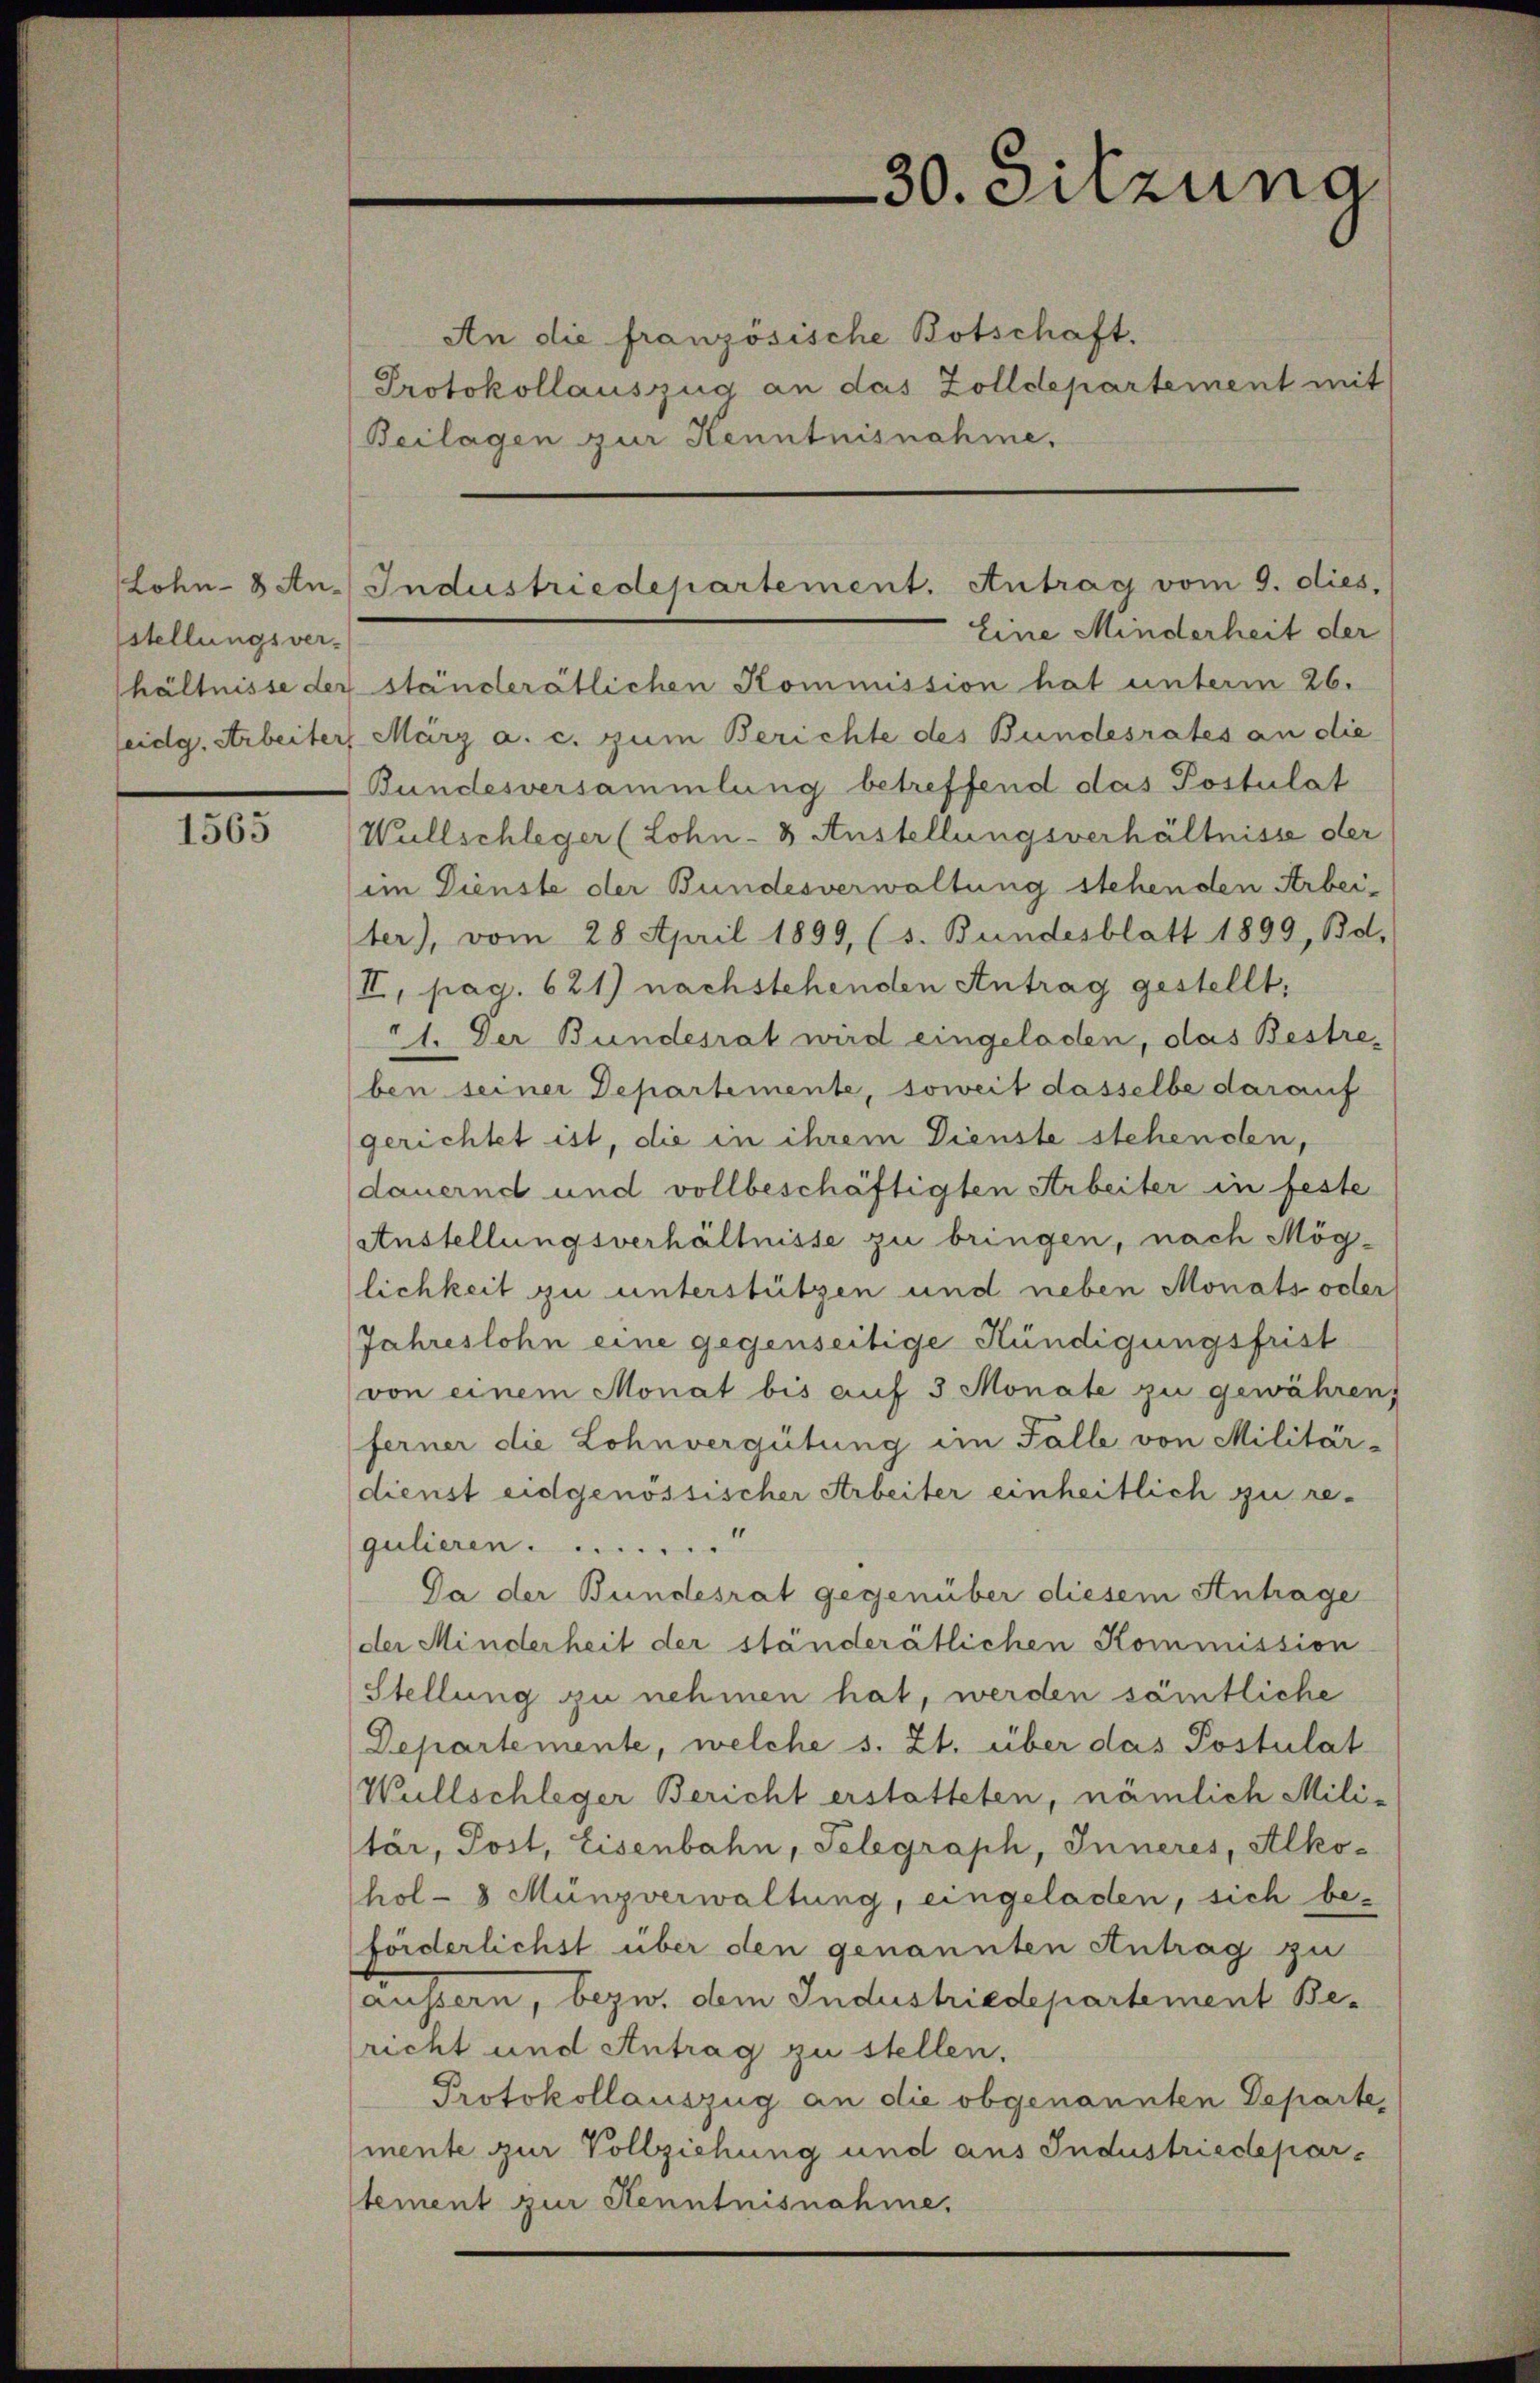
stellungsver-

1565

30. Sitzung

An die französische Botschaft.
Protokollauszug an das Zolldepartement mit
Beilagen zur Kenntnisnahme.

Eine Minderheit der
hältnisse der ständerätlichen Kommission hat unterm 26.
eidg. Arbeiter, März a. c. zum Berichte des Bundesrates an die
Bundesversammlung betreffend das Postulat
Wüllschleger (Lohn- & Anstellungsverhältnisse der
im Dienste der Bundesverwaltung stehenden Arbei-
ter), vom 28 April 1899, (s. Bundesblatt 1899, Bd.
II, pag. 621) nachstehenden Antrag gestellt,
21. Der Bundesrat wird eingeladen, das Bestreben seiner Departemente, soweit dasselbe darauf
gerichtet ist, die in ihrem Dienste stehenden,
dauernd und vollbeschäftigten Arbeiter in feste
Anstellungsverhältnisse zu bringen, nach Mög-
lichkeit zu unterstützen und neben Monats oder
Jahreslohn eine gegenseitige Kündigungsfrist
von einem Monat bis auf 3 Monate zu gewähren,
ferner die Lohnvergütung im Falle von Militär-
dienst eidgenössischer Arbeiter einheitlich zu re-
gulieren  ..  ..  ..  ..  ..  ..  ..  ..
Da der Bundesrat gegenüber diesem Antrage
(der Minderheit der ständerätlichen Kommission
Stellung zu nehmen hat, werden sämtliche
Departemente, welche s. Zt. über das Postulat
Wüllschleger Bericht erstatteten, nämlich Mili-
tär, Post, Eisenbahn, Telegraph, Inneres, Alkohol-8 Münzverwaltung, eingeladen, sich be-
förderlichst über den genannten Antrag zu
äussern, bezw. dem Industriedepartement Bericht und Antrag zu stellen.
Protokollauszug an die obgenannten Departe,
mente zur Vollziehung und aus Industriedepartement zur Kenntnisnahme.

Lohn- & An. Industriedepartement. Antrag vom 9. dies